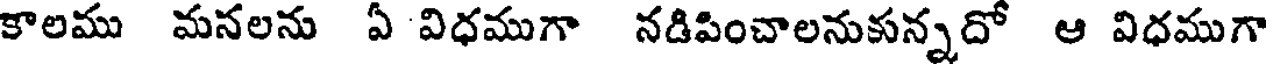
కాలము మనలను ఏ విధముగా నడిపించాలనుకున్నదో ఆ విధముగా